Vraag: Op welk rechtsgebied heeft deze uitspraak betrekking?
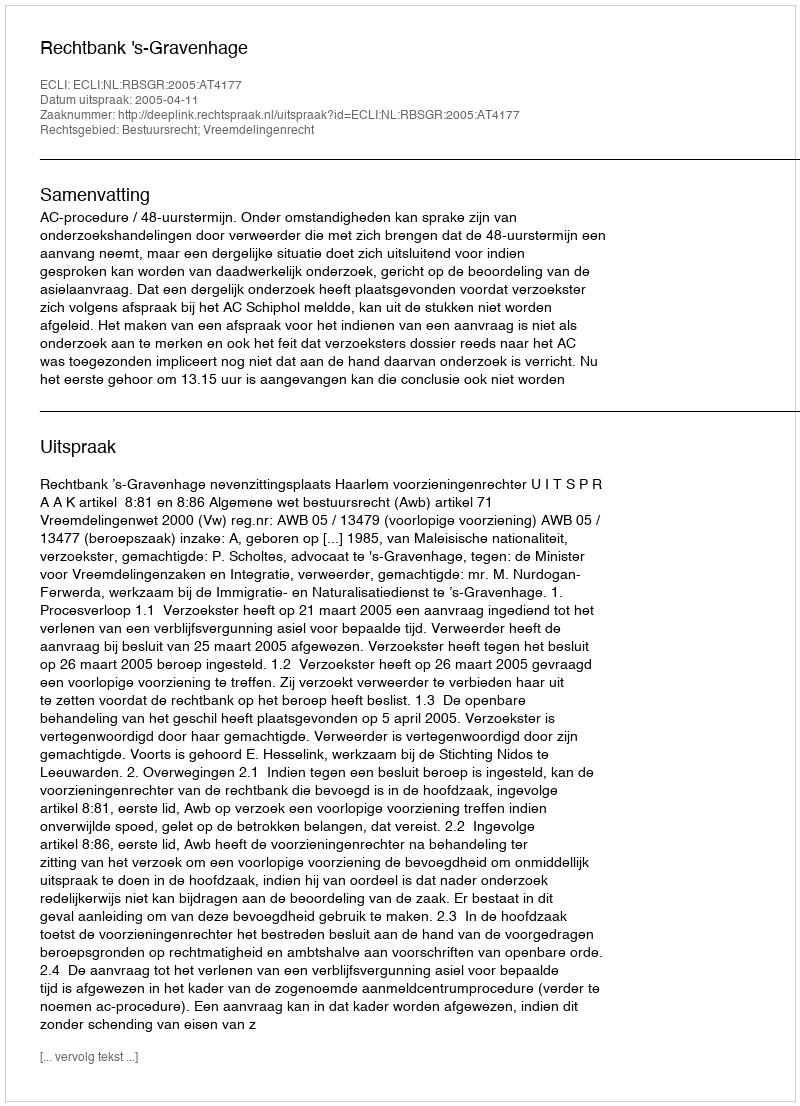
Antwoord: Bestuursrecht; Vreemdelingenrecht